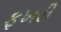
ફખરી